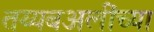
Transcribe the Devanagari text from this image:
तय्यबअलींच्या